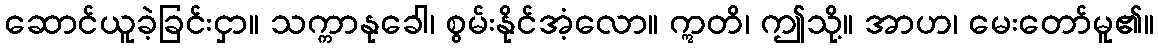
ဆောင်ယူခဲ့ခြင်းငှာ။ သက္ကာနုခေါ၊ စွမ်းနိုင်အံ့လော။ ဣတိ၊ ဤသို့။ အာဟ၊ မေးတော်မူ၏။